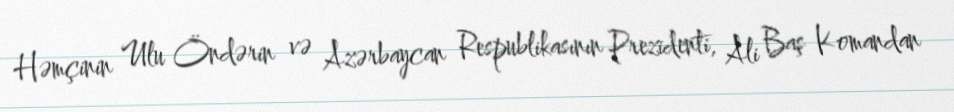
Həmçinin Ulu Öndərin və Azərbaycan Respublikasının Prezidenti, Ali Baş Komandan